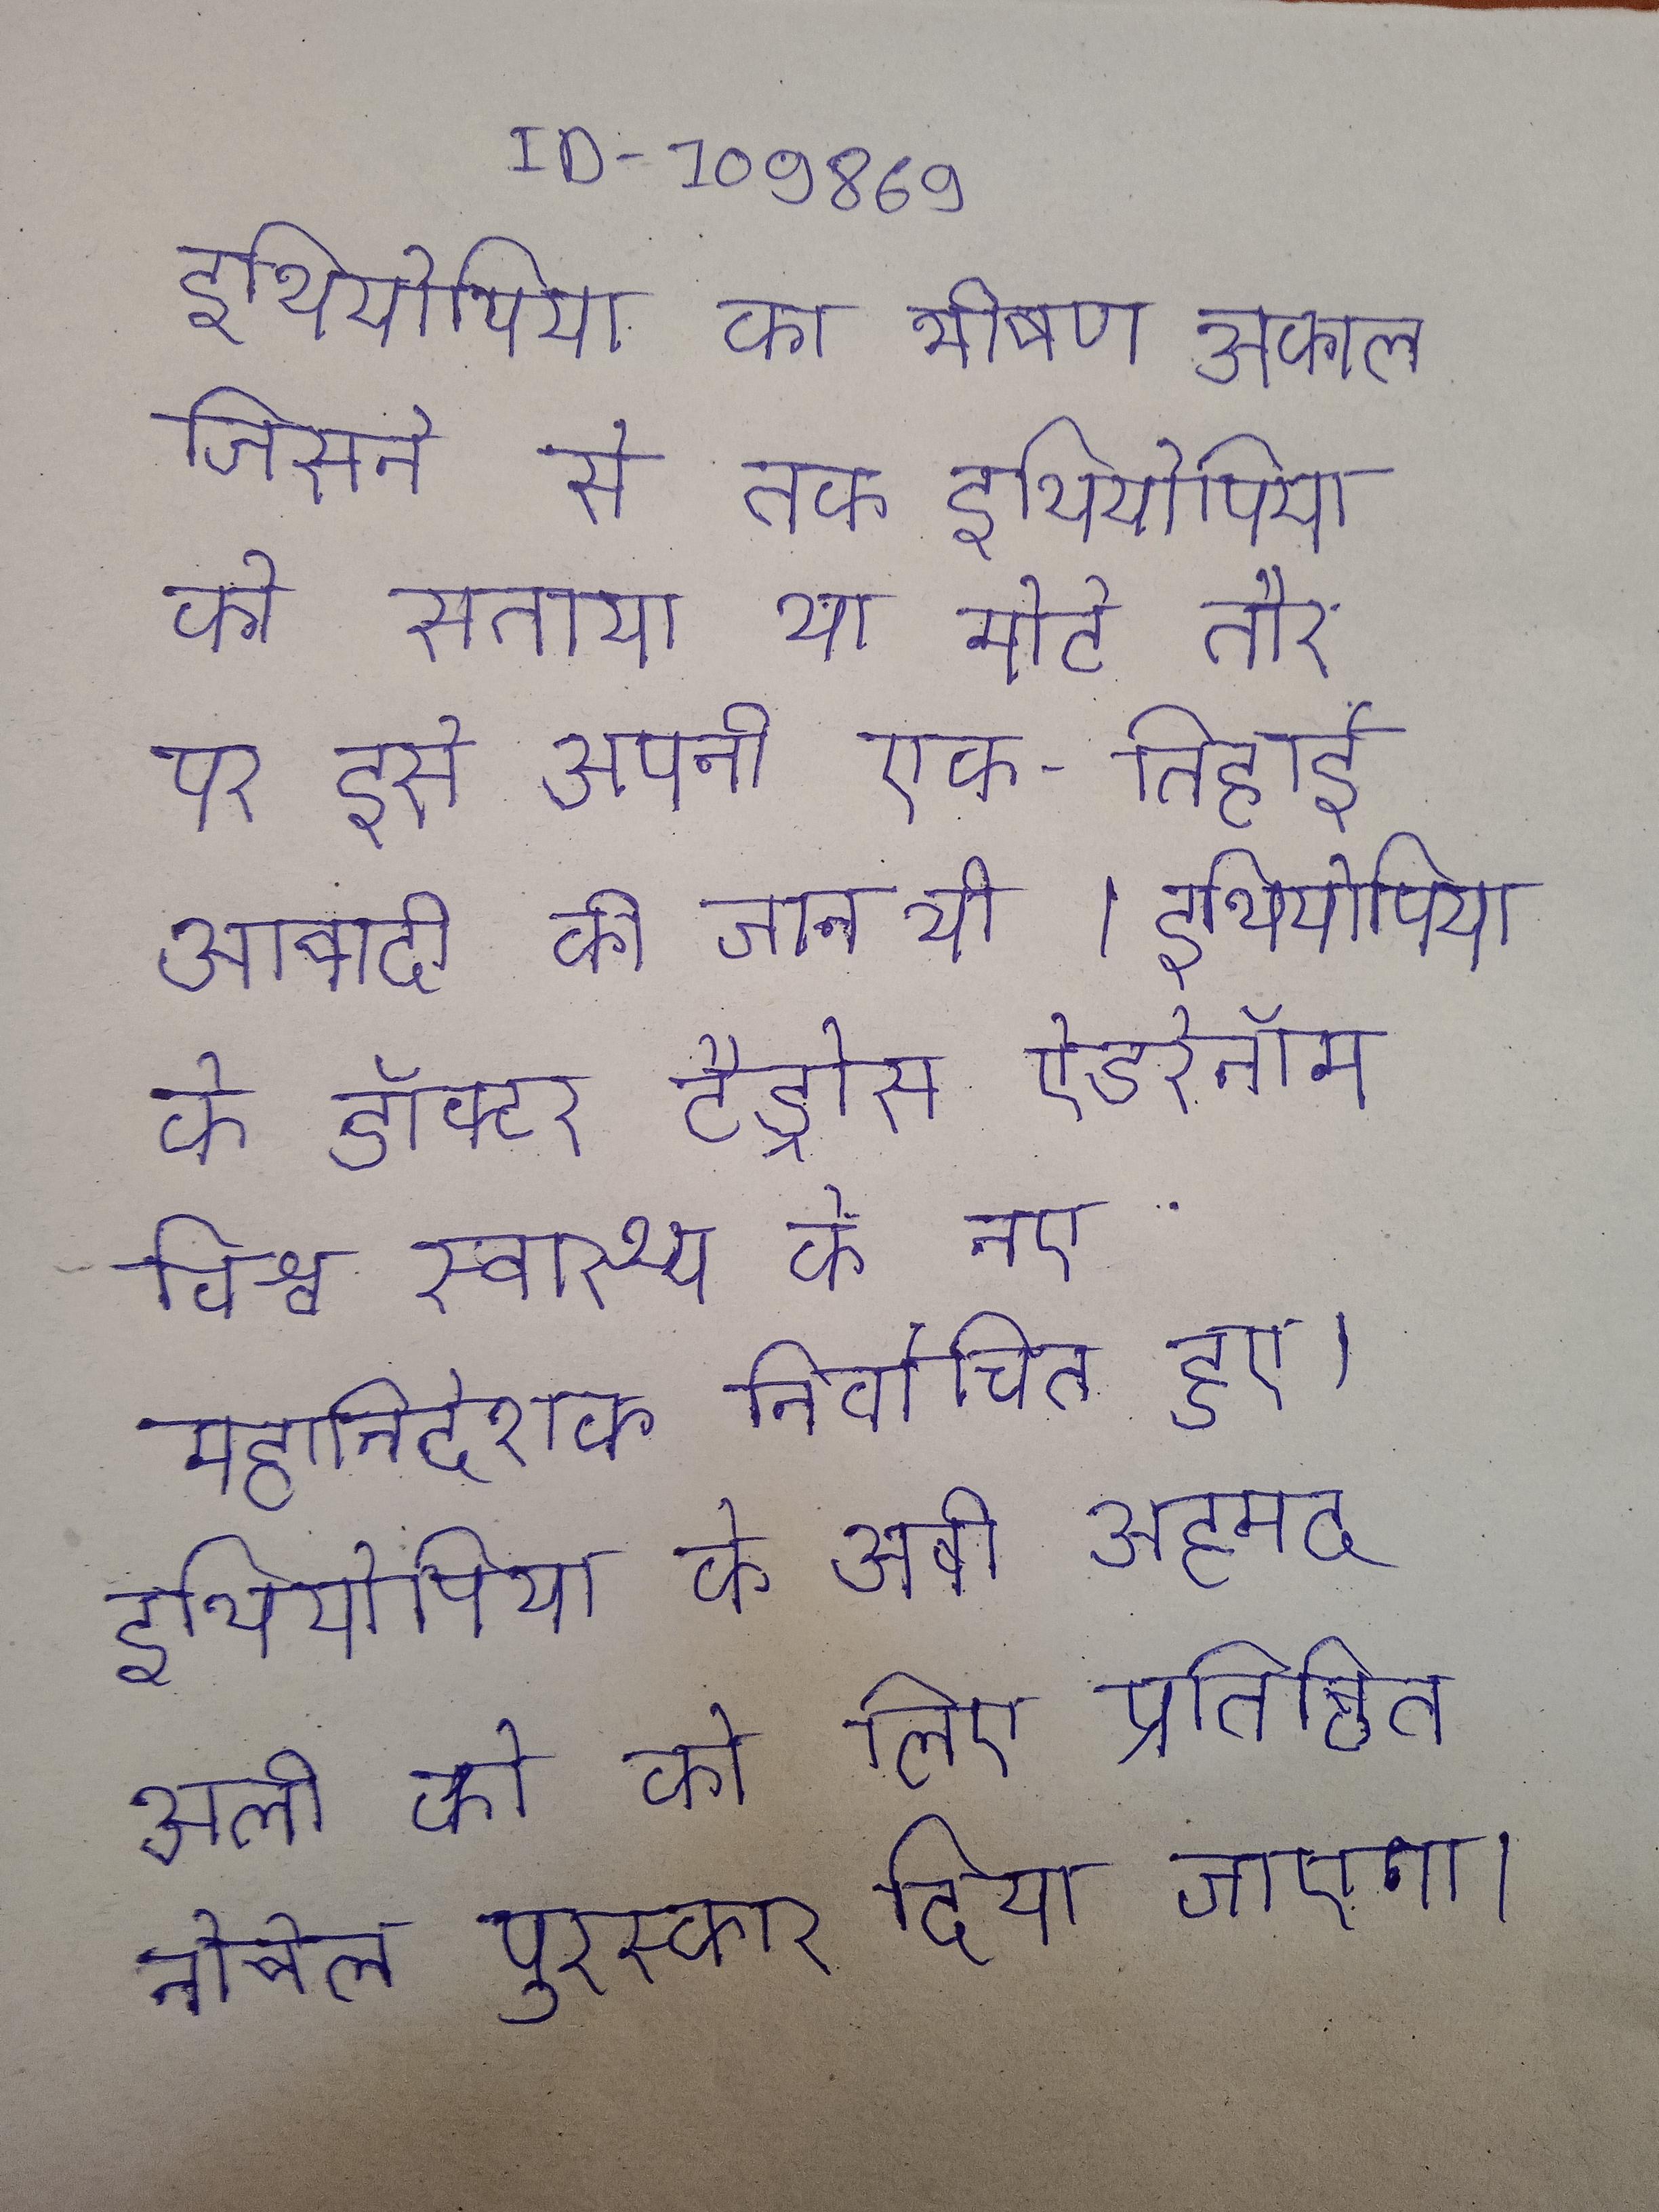
इथियोपिया का भीषण अकाल जिसने से तक इथियोपिया को सताया था मोटे तौर पर इसे अपनी एक-तिहाई आबादी की जान थी । इथियोपिया के डॉक्टर टैड्रोस ऐडरेनॉम विश्व स्वास्थ्य के नए महानिदेशक निर्वाचित हुए । इथियोपिया के अबी अहमद अली को के लिए प्रतिष्ठित नोबेल पुरस्कार दिया जाएगा ।